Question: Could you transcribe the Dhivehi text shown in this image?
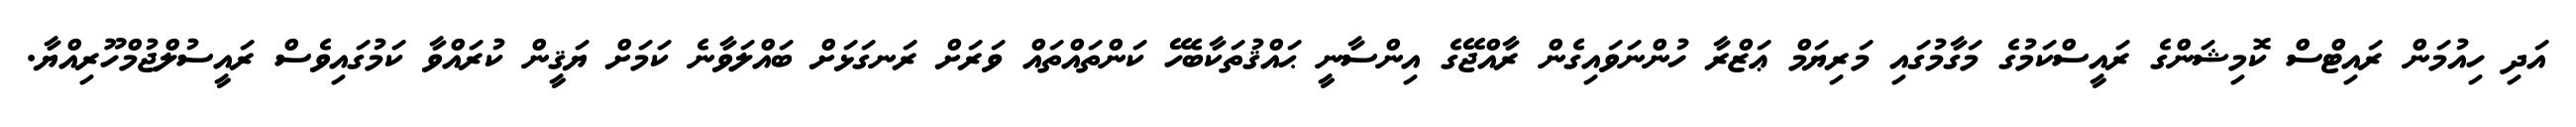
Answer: އަދި ހިއުމަން ރައިޓްސް ކޮމިޝަންގެ ރައީސްކަމުގެ މަގާމުގައި މަރިޔަމް ޢަޒްރާ ހުންނަވައިގެން ރާއްޖޭގެ އިންސާނީ ޙައްޤުތަކާބެހޭ ކަންތައްތައް ވަރަށް ރަނގަޅަށް ބައްލަވާނެ ކަމަށް ޔަޤީން ކުރައްވާ ކަމުގައިވެސް ރައީސުލްޖުމްހޫރިއްޔާ.